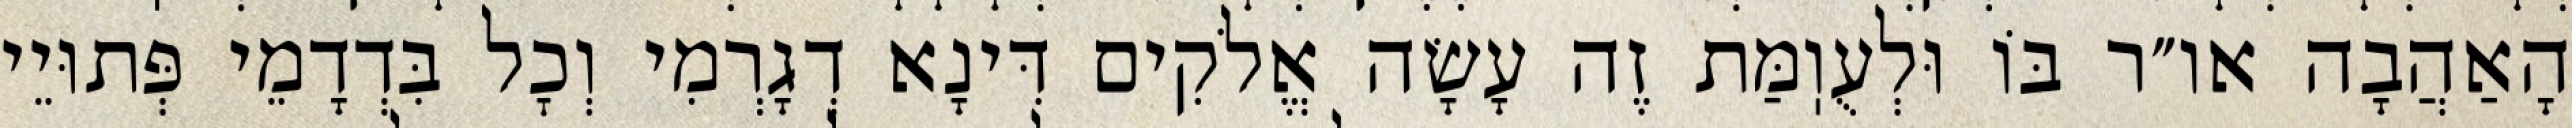
הָאַהֲבָה או״ר בּוֹ וּלְעֻוֽמַּת זֶה עָשָׂה אֱלֹקִים דִּינָא דְגָרְמִי וְכׇל בִּדְדָמֵי פְּתוּיֵי